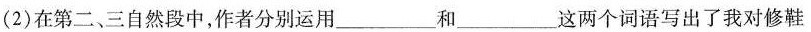
(2)在第二、三自然段中，作者分别运用____和_____这两个词语写出了我对修鞋